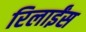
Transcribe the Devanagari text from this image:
रिलाईंस